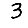
Digit: 3